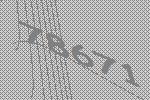
78671